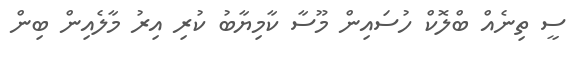
ސީ ތިނެއް ބްލޮކް ހުސައިން މޫސާ ކާމިޔާބު ކުރި އިރު މާލެއިން ބިން